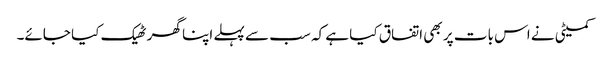
کمیٹی نے اس بات پر بھی اتفاق کیا ہے کہ سب سے پہلے اپنا گھر ٹھیک کیا جائے۔